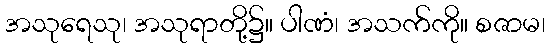
အသုရေသု၊ အသုရာတို့၌။ ပါဏံ၊ အသက်ကို။ စဇာမ၊